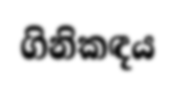
ගිනිකඳය